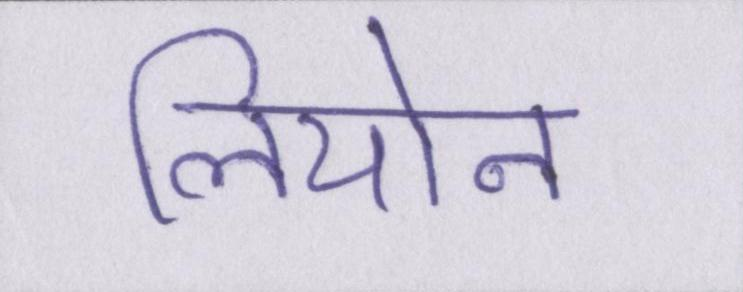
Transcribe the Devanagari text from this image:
लियोन